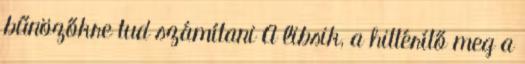
bűnözőkre tud számítani A libsik, a hittérítő meg a